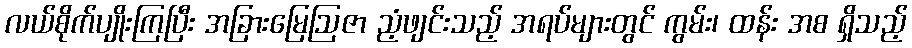
လယ်စိုက်ပျိုးကြပြီး အခြားမြေဩဇာ ညံ့ဖျင်းသည့် အရပ်များတွင် ကွမ်း၊ ထန်း အစ ရှိသည့်